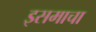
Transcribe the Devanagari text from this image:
इसमाचा